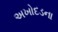
અખોદડના